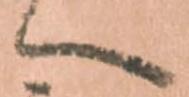
へ